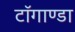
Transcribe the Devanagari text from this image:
टाॅगाण्डा